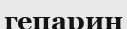
гепарин